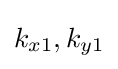
k_{x1},k_{y1}